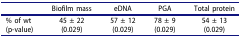
<table><thead><tr><td><b> </b></td><td><b>Biofilm mass</b></td><td><b>eDNA</b></td><td><b>PGA</b></td><td><b>Total protein</b></td></tr></thead><tbody><tr><td>% of wt</td><td>45 ± 22</td><td>57 ± 12</td><td>78 ± 9</td><td>54 ± 13</td></tr><tr><td>(p-value)</td><td>(0.029)</td><td>(0.029)</td><td>(0.029)</td><td>(0.029)</td></tr></tbody></table>